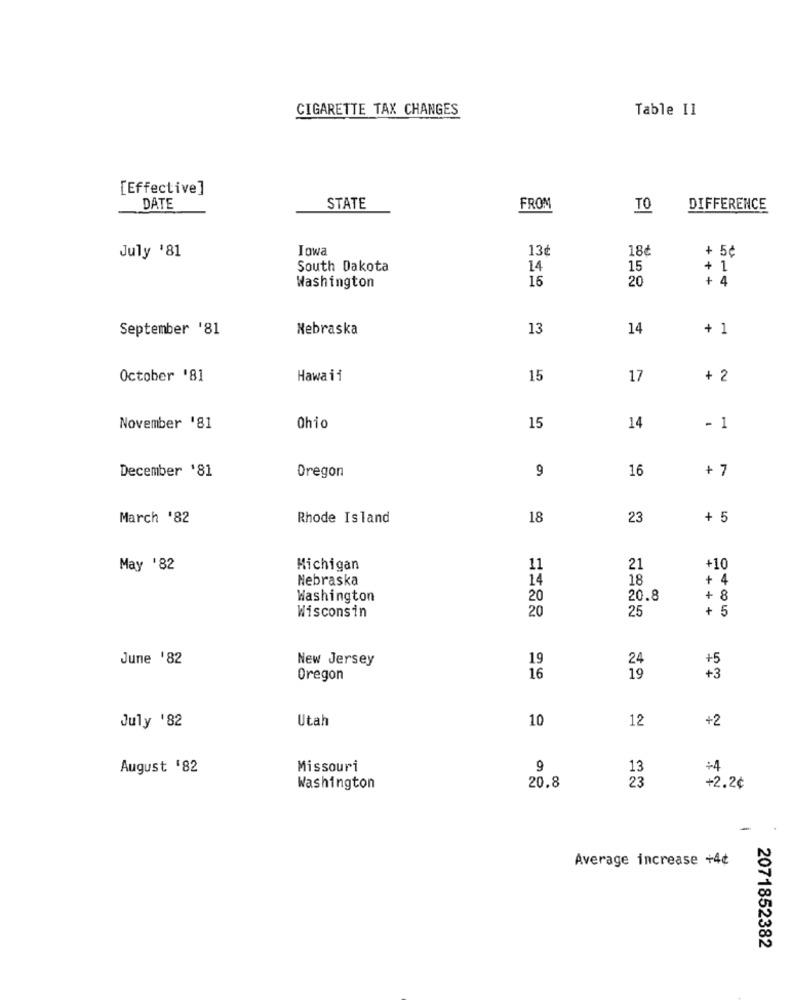
CIGARETTE TAX CHANGES
Table Il
[Effective]
DATE
STATE
FROM
TO
DIFFERENCE
Iowa
13
18₺
+ 5¢
July '81
South Dakota
14
15
+ 1
16
20
+ 4
Washington
September '81
Nebraska
13
14
+ 1
October '81
Hawaii
15
17
+ 2
November '81
Ohio
15
14
- 1
December '81
9
16
+ 7
Oregon
March '82
Rhode Island
18
23
+ 5
May '82
Michigan
11
21
+10
Nebraska
14
18
+ 4
Washington
20
20.8
+ 8
Wisconsin
20
25
+ 5
June '82
New Jersey
19
24
Oregon
16
19
July '82
Utah
10
12
+2
August '82
Missouri
9
13
+4
Washington
20.8
23
+2.2¢
Average increase +4¢
2071852382